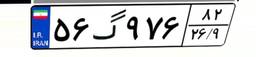
۵۶گ۹۷۶۸۲